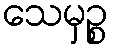
သေမှဉ္စ